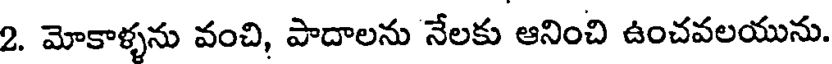
2. మోకాళ్ళను వంచి, పాదాలను నేలకు ఆనించి ఉంచవలయును.